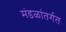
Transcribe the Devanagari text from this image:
मंडळांतर्गत